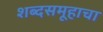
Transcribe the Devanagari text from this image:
शब्दसमूहाचा